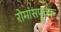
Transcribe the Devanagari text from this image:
रोमांसपूर्वक